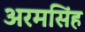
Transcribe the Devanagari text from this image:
अरमसिंह